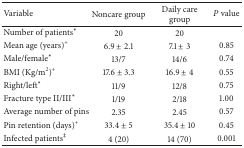
| Variable | Noncare group | Daily care group | P value |
 | --- | --- | --- | --- |
 | Number of patients* | 20 | 20 |  |
 | Mean age (years)+ | 6.9 ± 2.1 | 7.1 ± 3 | 0.85 |
 | Male/female* | 13/7 | 14/6 | 0.74 |
 | BMI (Kg/m2)+ | 17.6 ± 3.3 | 16.9 ± 4 | 0.55 |
 | Right/left* | 11/9 | 12/8 | 0.75 |
 | Fracture type II/III* | 1/19 | 2/18 | 1.00 |
 | Average number of pins | 2.35 | 2.45 | 0.57 |
 | Pin retention (days)+ | 33.4 ± 5 | 35.4 ± 10 | 0.45 |
 | Infected patients‡ | 4 (20) | 14 (70) | 0.001 |